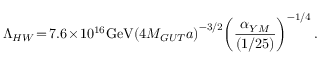
\Lambda _ { H W } \! = \! 7 . 6 \! \times \! 1 0 ^ { 1 6 } \mathrm { G e V } \! \left( 4 M _ { G U T } a \right) ^ { - 3 / 2 } \! \left( \frac { \alpha _ { Y M } } { ( 1 / 2 5 ) } \right) ^ { - 1 / 4 } .